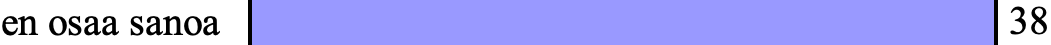
en osaa sanoa                     38